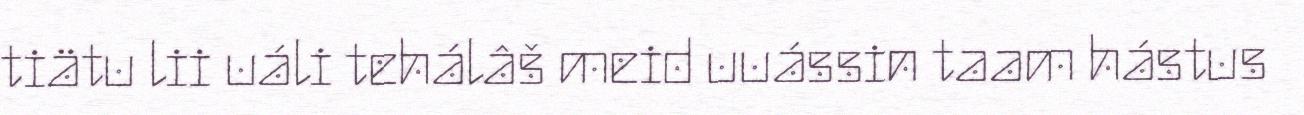
tiätu lii uáli tehálâš meid uuássin taam hástus